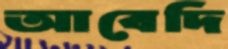
আবেদি